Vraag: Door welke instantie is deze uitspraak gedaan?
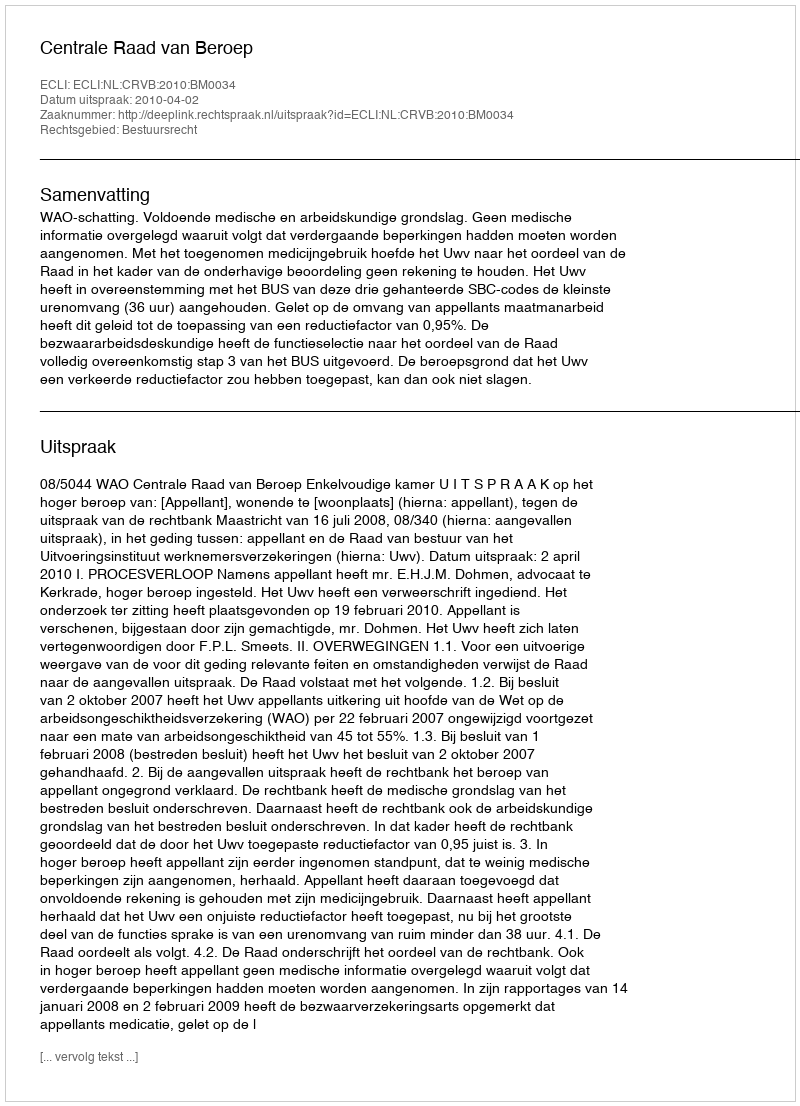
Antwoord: Centrale Raad van Beroep